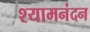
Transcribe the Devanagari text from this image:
श्यामनंदन